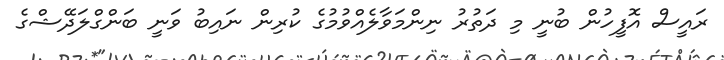
ރައީސް އޮފީހުން ބުނީ މި ދަތުރު ނިންމަވާލެއްވުމުގެ ކުރިން ނައިބު ވަނީ ބަންގްލަދޭޝްގެ